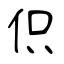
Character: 伿